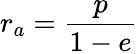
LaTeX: r_{a}={\frac{p}{1-e}}